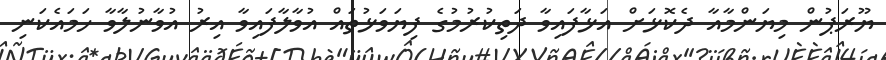
ޔޫރަޕުން މިޔަންމާއާ ދެކޮޅަށް އަޅާފައިވާ ދަތިކުރުމުގެ ފިޔަވަޅުތައް އުވާލާފައިވާ އިރު އުވާނުލާވާ ހަމައެކަނި